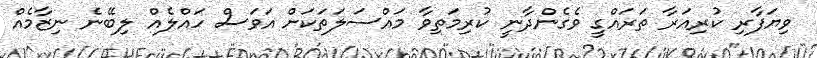
ވިޔަފާރި ކުރިއަރާ ތަރައްގީ ވެގެންދާނީ ކުރިމަތިވާ މައްސަލަތަކަށް އަވަސް ހައްލެއް ލިބޭނެ ނިޒާމެއް